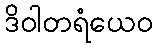
ဒိဝါတရံယေဝ